Document type: Sale
Year: 1439
Scribe: Arnau d'Illes
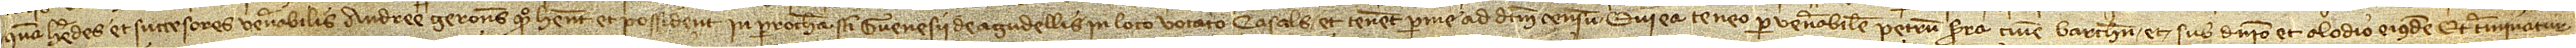
quam heredes et successores venerabilis Andree Gerones, quondam, habent et possident in parrochia Sancti Guenesii de Agudellis, in loco vocato Casals, et tenent per me ad dictum censum, qui ea teneo per venerabilem Petrum Serra, civem Barchinone, et sub dominio et alodio eiusdem. Et terminatur